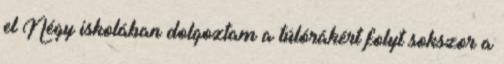
el Négy iskolában dolgoztam a túlórákért folyt sokszor a